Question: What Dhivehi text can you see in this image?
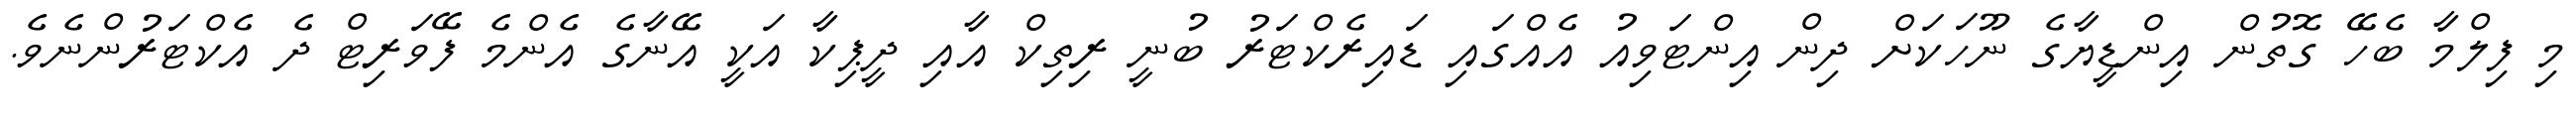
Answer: މި ފިލްމާ ބެހޭ ގޮތުން އިންޑީޔާގެ ނޫހަކަށް ދިން އިންޓަވިއު އެއްގައި ޑައިރެކްޓަރު ބުނީ ރިތިކް އާއި ދީޕިކާ އަކީ އޭނާގެ އެންމެ ފޭވަރިޓް ދެ އެކްޓަރުންނެވެ.